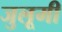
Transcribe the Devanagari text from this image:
जुलूमी